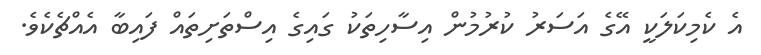
އެ ކެމިކަލަކީ އޭގެ އަސަރު ކުރުމުން އިސާހިތަކު ގައިގެ އިސްތަށިތައް ފައިބާ އެއްޗެކެވެ.